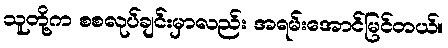
သူတို့က စစလုပ်ချင်းမှာလည်း အရမ်းအောင်မြင်တယ်။